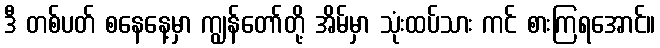
ဒီ တစ်ပတ် စနေနေ့မှာ ကျွန်တော်တို့ အိမ်မှာ သုံးထပ်သား ကင် စားကြရအောင်။